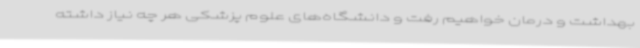
بهداشت و درمان خواهیم رفت و دانشگاه‌های علوم پزشکی هر چه نیاز داشته